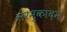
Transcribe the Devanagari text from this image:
सरमुकादम